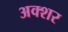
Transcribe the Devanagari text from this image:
अक्शर